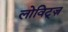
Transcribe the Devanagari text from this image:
लोविट्ज़